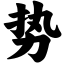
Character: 势